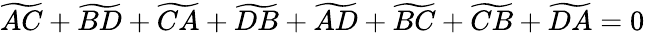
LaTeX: \widetilde{AC}+\widetilde{BD}+\widetilde{CA}+\widetilde{DB}+\widetilde{AD}+\widetilde{BC}+\widetilde{CB}+\widetilde{DA}=0